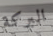
البركة